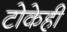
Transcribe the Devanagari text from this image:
टोकेही